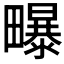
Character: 𭻶